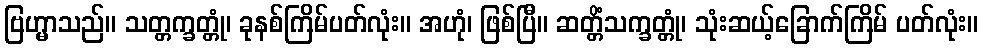
ဗြဟ္မာသည်။ သတ္တက္ခတ္တုံ၊ ခုနစ်ကြိမ်ပတ်လုံး။ အဟုံ၊ ဖြစ်ပြီ။ ဆတ္တိံသက္ခတ္တုံ၊ သုံးဆယ့်ခြောက်ကြိမ် ပတ်လုံး။